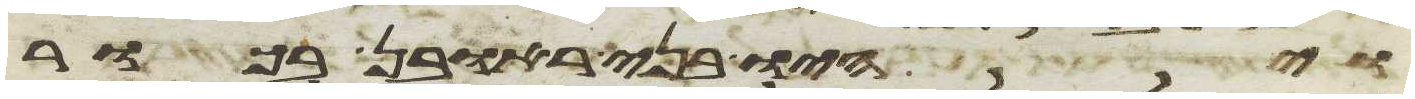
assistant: ויהיו בני ראובן בכור